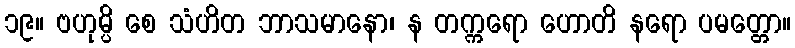
၁၉။ ဗဟုမ္ပိ စေ သံဟိတ ဘာသမာနော၊ န တက္ကရော ဟောတိ နရော ပမတ္တော။